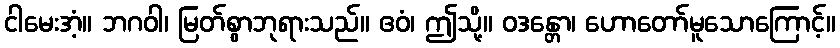
ငါမေးအံ့။ ဘဂဝါ၊ မြတ်စွာဘုရားသည်။ ဧဝံ၊ ဤသို့။ ဝဒန္တော၊ ဟောတော်မူသောကြောင့်။